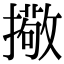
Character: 擏